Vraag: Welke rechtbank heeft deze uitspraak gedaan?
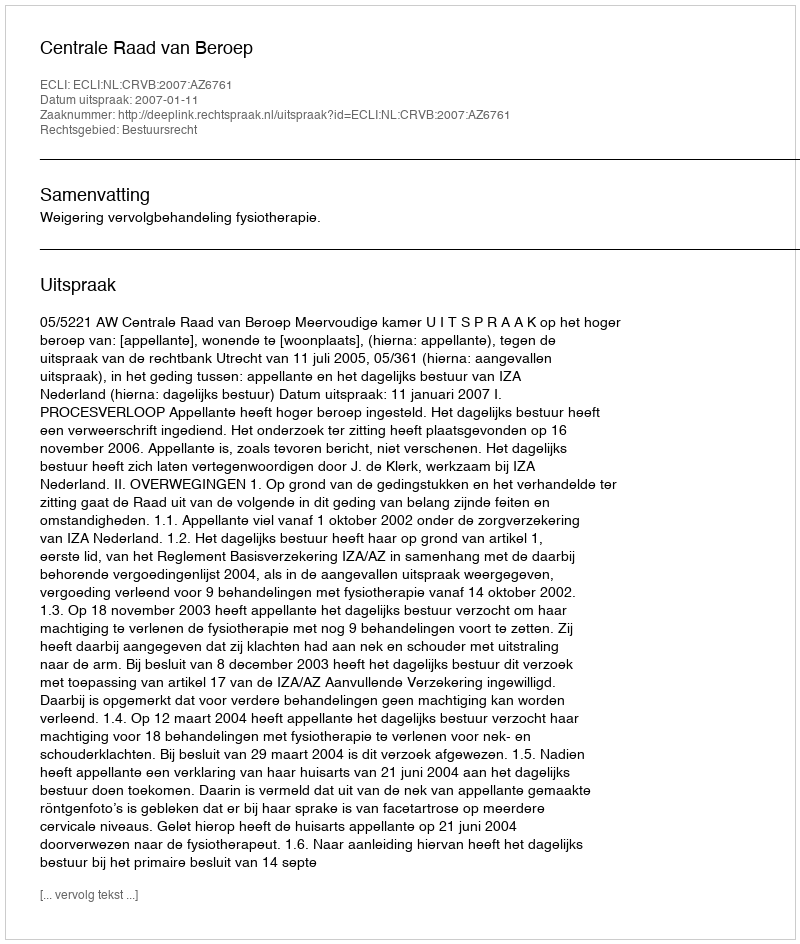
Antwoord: Centrale Raad van Beroep